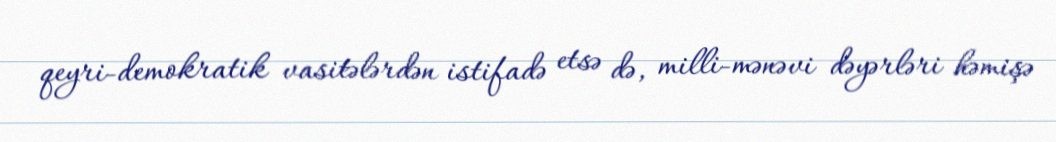
qeyri-demokratik vasitələrdən istifadə etsə də, milli-mənəvi dəyərləri həmişə